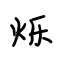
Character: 烁